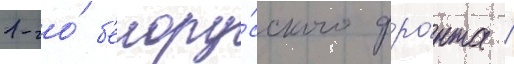
1-го́ б'елору́сского фро́нта /